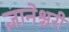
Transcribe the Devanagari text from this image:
ज्ञानेश्चरी